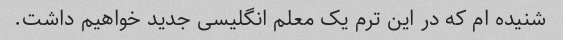
شنیده ام که در این ترم یک معلم انگلیسی جدید خواهیم داشت.